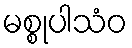
မစ္စုပါသံဝ